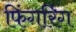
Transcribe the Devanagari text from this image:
फिंगरिंग